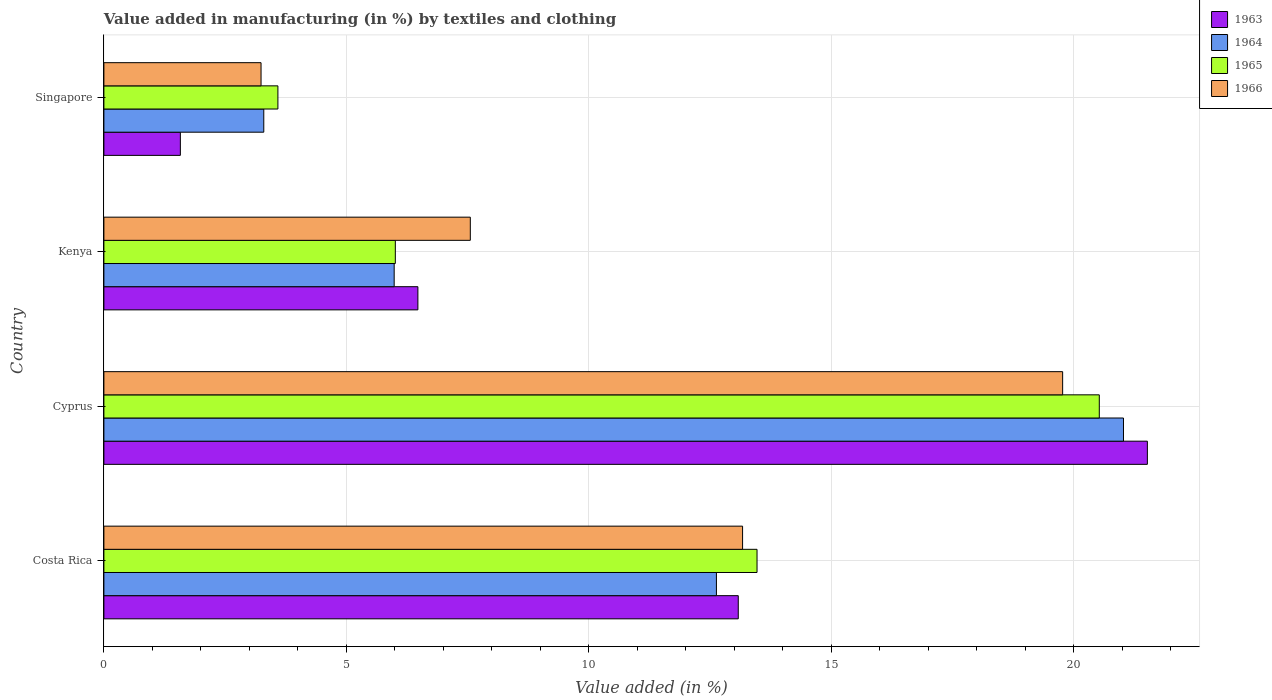
| Country | 1963 | 1964 | 1965 | 1966 |
 | --- | --- | --- | --- | --- |
 | Costa Rica | 13.1 | 12.6 | 13.5 | 13.2 |
 | Cyprus | 21.5 | 21 | 20.5 | 19.8 |
 | Kenya | 6.48 | 5.99 | 6.01 | 7.56 |
 | Singapore | 1.58 | 3.3 | 3.59 | 3.24 |